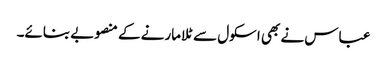
عباس نے بھی اسکول سے ٹلا مارنے کے منصوبے بنائے۔